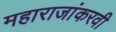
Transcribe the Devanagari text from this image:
महाराजांकरवी